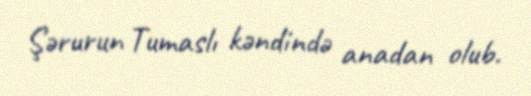
Şərurun Tumaslı kəndində anadan olub.